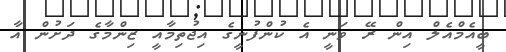
ބީއެމްއެލް އިން ރޭ ވަނީ އެ ކުންފުނީގެ އިޖުތިމާއީ ޒިންމާގެ ދަށުން އާ